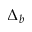
\Delta _ { b }